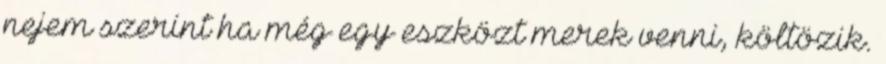
nejem szerint ha még egy eszközt merek venni, költözik.